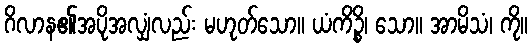
ဂိလာန၏အပိုအလျှံလည်း မဟုတ်သော။ ယံကိဉ္စိ၊ သော။ အာမိသံ၊ ကို။